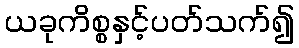
ယခုကိစ္စနှင့်ပတ်သက်၍